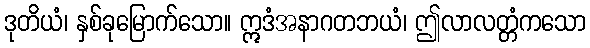
ဒုတိယံ၊ နှစ်ခုမြောက်သော။ ဣဒံအနာဂတဘယံ၊ ဤလာလတ္တံကသော